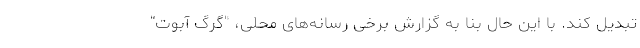
تبدیل کند. با این حال بنا به گزارش برخی رسانه‌های محلی، "گرِگ آبوت"